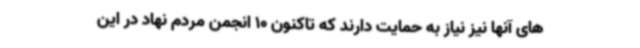
های آنها نیز نیاز به حمایت دارند که تاکنون 10 انجمن مردم نهاد در این